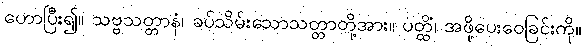
ဟောပြီး၍။ သဗ္ဗသတ္တာနံ၊ ခပ်သိမ်းသောသတ္တာတို့အား။ ပတ္ထိံ၊ အဖို့ပေးဝေခြင်းကို။